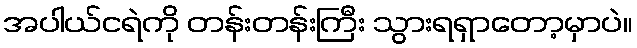
အပါယ်ငရဲကို တန်းတန်းကြီး သွားရရှာတော့မှာပဲ။